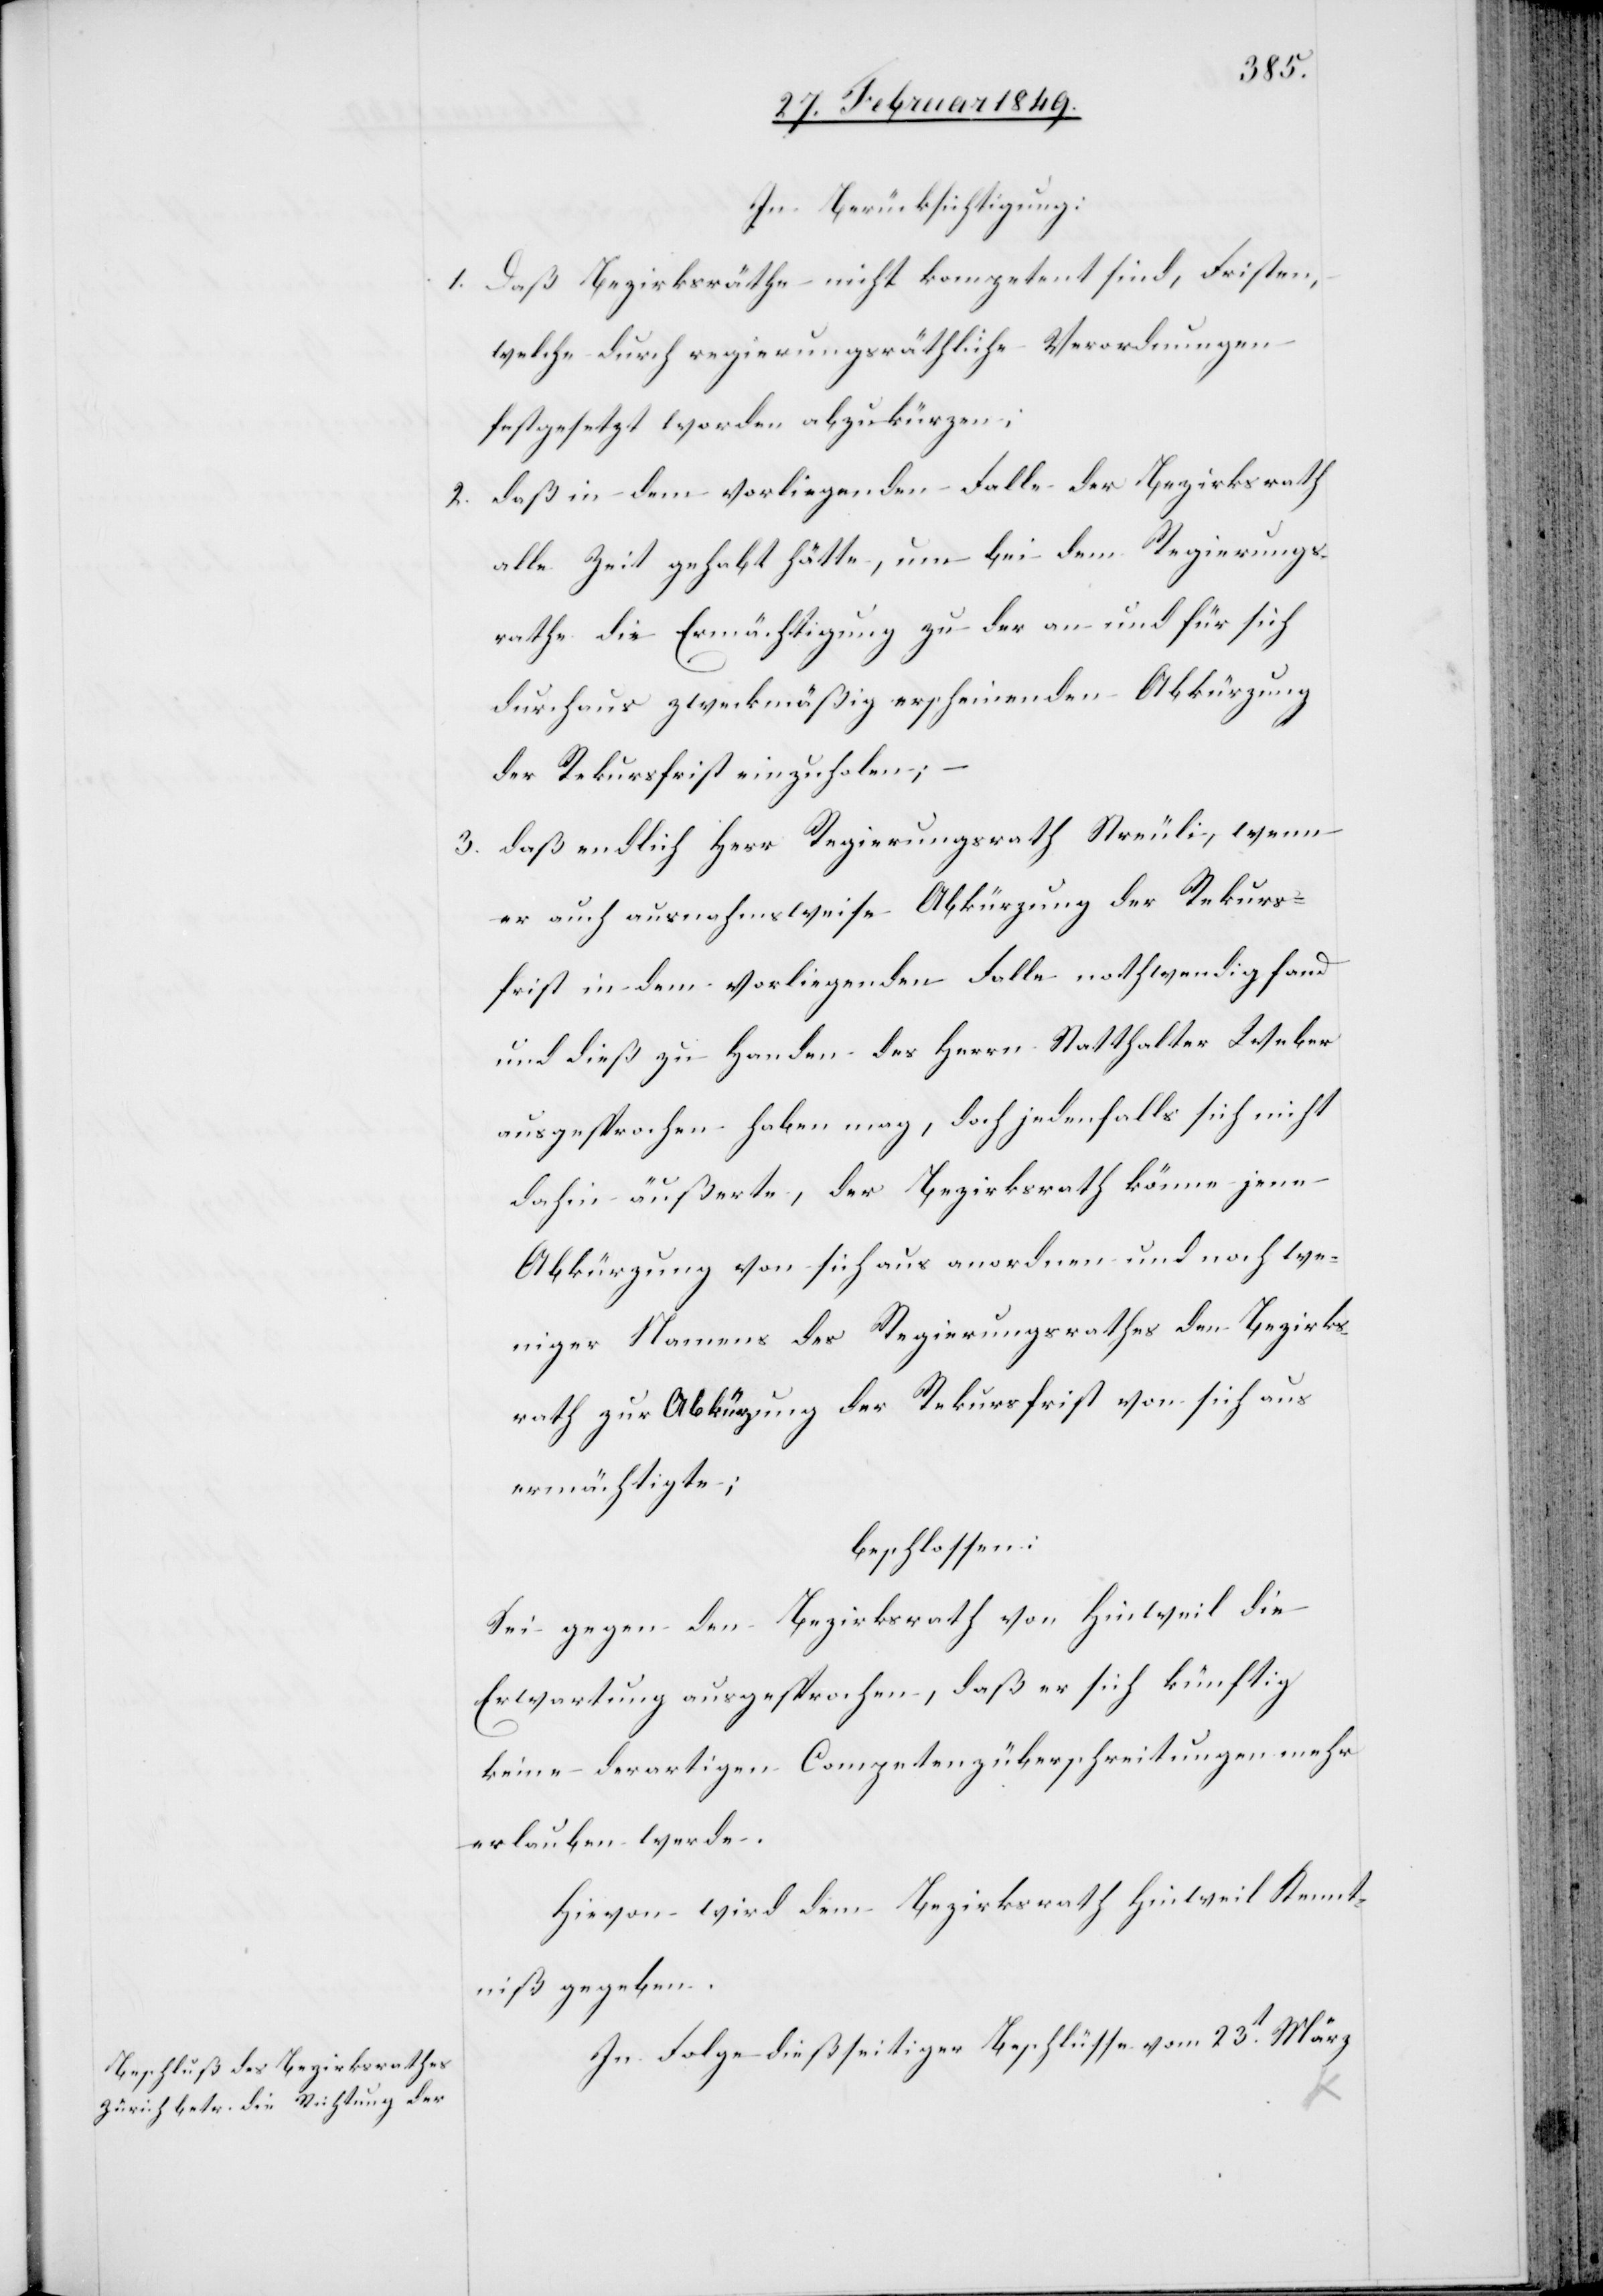
In Berücksichtigung:
1. Daß Bezirksräthe nicht kompetent sind, Fristen,
welche durch regierungsräthliche Verordnungen
festgesetzt worden abzukürzen;
2. daß in dem vorliegenden Falle der Bezirksrath
alle Zeit gehabt hätte, um bei dem Regierungs¬
rathe die Ermächtigung zu der an und für sich
durchaus zweckmäßig erscheinenden Abkürzung
der Rekursfrist einzuholen;
3. daß endlich Herr Regierungsrath Streuli, wenn
er auch ausnahmsweise Abkürzung der Rekurs¬
frist in dem vorliegenden Falle nothwendig fand
und dieß zu Handen des Herrn Statthalter Weber
ausgesprochen haben mag, doch jedenfalls sich nicht
dahin äußerte, der Bezirksrath könne jene
Abkürzung von sich aus anordnen und noch we¬
niger Namens des Regierungsrathes den Bezirks¬
rath zur Abkürzung der Rekursfrist von sich aus
ermächtigte;
beschlossen:
Sei gegen den Bezirksrath von Hinweil die
Erwartung ausgesprochen, daß er sich künftig
keine derartigen Competenzüberschreitungen mehr
erlauben werde.
Hievon wird dem Bezirksrath Hinweil Kennt¬
niß gegeben.
In Folge dießseitiger Beschlüsse vom 23t. März